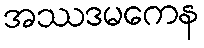
အဿဒမကေန